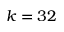
k = 3 2